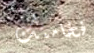
فخامتك